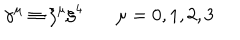
LaTeX: \gamma ^ { \mu } \equiv \xi ^ { \mu } \xi ^ { 4 } ~ \mu = 0 , 1 , 2 , 3